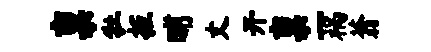
禀牡拒晡丈开禀一祸蓊